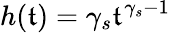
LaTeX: h(\mathfrak{t})=\gamma_{s}\mathfrak{t}^{\gamma_{s}-1}